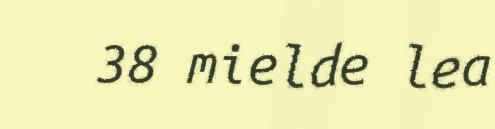
38 mielde lea